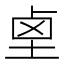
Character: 𱊺